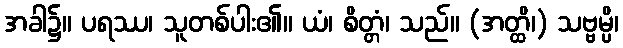
အခါ၌။ ပရဿ၊ သူတစ်ပါး၏။ ယံ၊ စိတ္တံ၊ သည်။ (အတ္ထိ၊) သဗ္ဗမ္ပိ၊